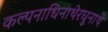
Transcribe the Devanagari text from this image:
कल्पनाधिनाथेरघुनाथे